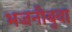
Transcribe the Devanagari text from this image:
भजनीबुवा